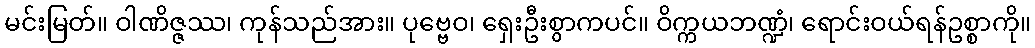
မင်းမြတ်။ ဝါဏိဇ္ဇဿ၊ ကုန်သည်အား။ ပုဗ္ဗေဝ၊ ရှေးဦးစွာကပင်။ ဝိက္ကယဘဏ္ဍံ၊ ရောင်းဝယ်ရန်ဥစ္စာကို။